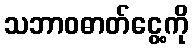
သဘာဝဓာတ်ငွေ့ကို